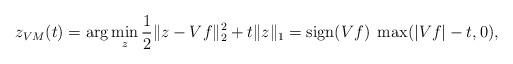
\begin{align*}z_{VM}(t) = \arg \min_z \frac{1}{2}\|z-Vf\|_2^2 + t \|z\|_1 = \textnormal{sign}(Vf) \; \max (|Vf|-t,0),\end{align*}